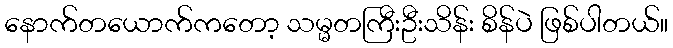
နောက်တယောက်ကတော့ သမ္မတကြီးဦးသိန်း စိန်ပဲ ဖြစ်ပါတယ်။